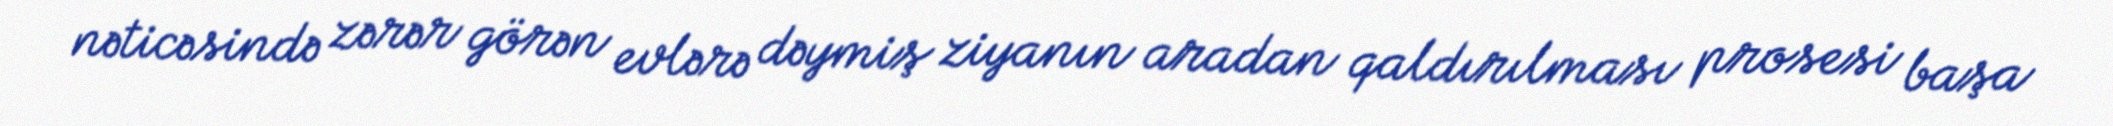
nəticəsində zərər görən evlərə dəymiş ziyanın aradan qaldırılması prosesi başa